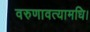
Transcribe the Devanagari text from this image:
वरुणावत्यामधि।